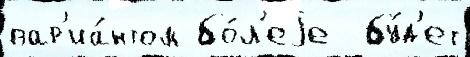
вар'иа́нтом бо́л'еjе  бу́д'ет